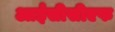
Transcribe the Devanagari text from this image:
आईसीसीएफ